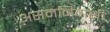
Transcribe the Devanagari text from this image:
असमनिवासी